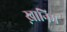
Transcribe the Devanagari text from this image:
ख़ानिम